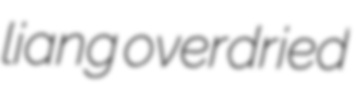
liang overdried